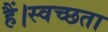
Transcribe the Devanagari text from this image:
हैं।स्वच्छता